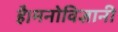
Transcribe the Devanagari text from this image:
है।मनोविज्ञानी